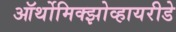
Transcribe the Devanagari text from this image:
ऑर्थोमिक्झोव्हायरीडे